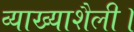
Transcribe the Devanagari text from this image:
व्याख्याशैली।